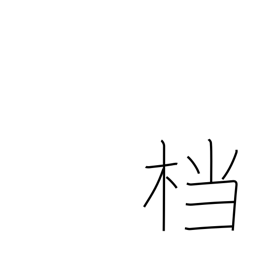
Meaning: archives